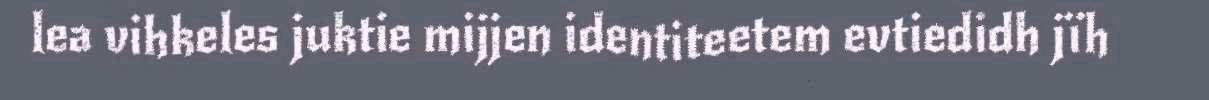
lea vihkeles juktie mijjen identiteetem evtiedidh jïh